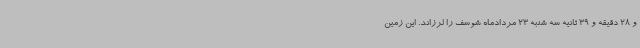
و 28 دقیقه و 39 ثانیه سه شنبه 23 مردادماه شوسف را لرزاند. این زمین